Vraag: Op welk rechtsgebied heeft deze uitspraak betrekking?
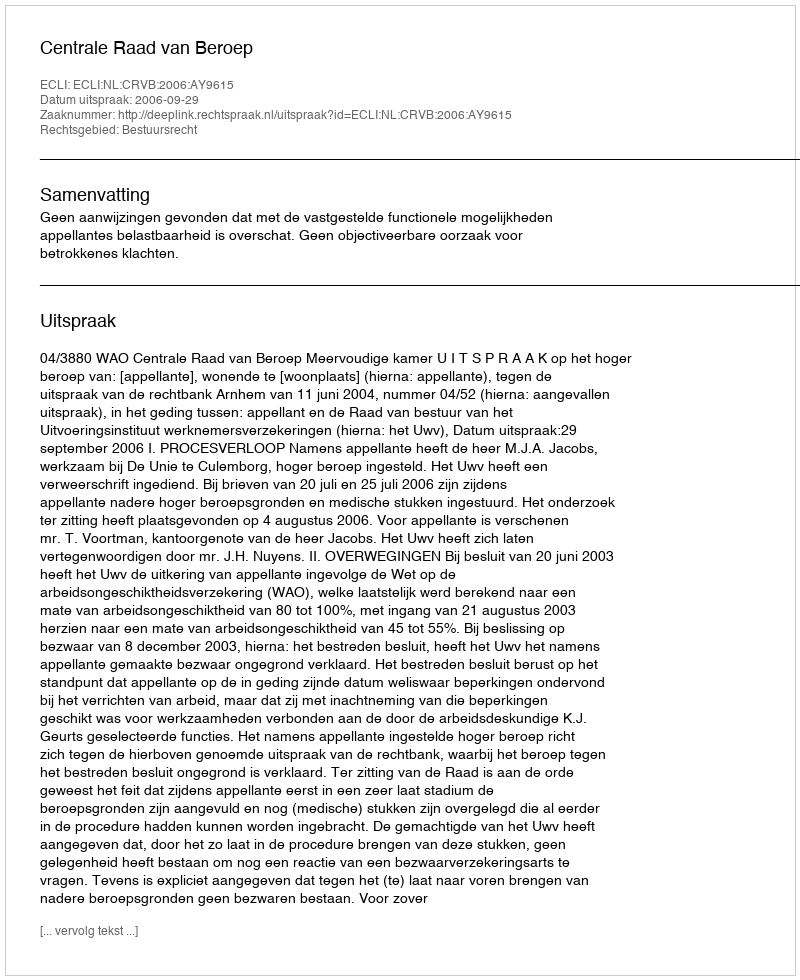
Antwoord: Bestuursrecht